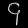
Digit: ၄